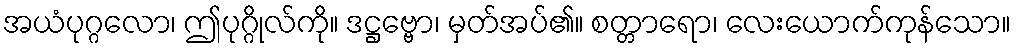
အယံပုဂ္ဂလော၊ ဤပုဂ္ဂိုလ်ကို။ ဒဋ္ဌဗ္ဗော၊ မှတ်အပ်၏။ စတ္တာရော၊ လေးယောက်ကုန်သော။